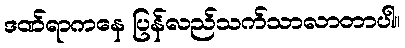
ဒဏ်ရာကနေ ပြန်လည်သက်သာလာတာပါ။